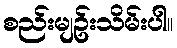
စည်းမျဥ်းသိမ်းပါ။